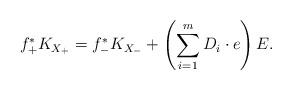
LaTeX: \begin{align*}f_+^*K_{X_+}=f_-^*K_{X_-}+\left(\sum_{i=1}^m D_i\cdot e\right)E.\end{align*}